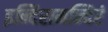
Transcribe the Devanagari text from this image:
इन्दिरामन्दिरं